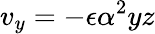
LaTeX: v_{y}=-\epsilon\alpha^{2}yz